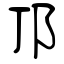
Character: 邒